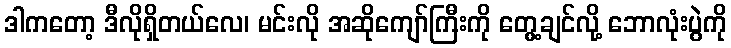
ဒါကတော့ ဒီလိုရှိတယ်လေ၊ မင်းလို အဆိုကျော်ကြီးကို တွေ့ချင်လို့ ဘောလုံးပွဲကို